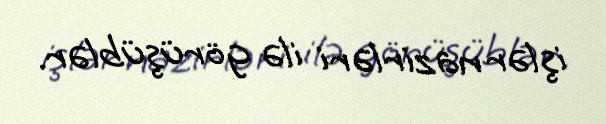
işlər nazirləri ilə görüşüblər.